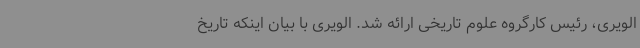
الویری، رئیس کارگروه علوم تاریخی ارائه شد. الویری با بیان اینکه تاریخ